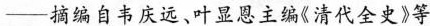
——摘编自书庆远、叶显恩主编《清代全史》等